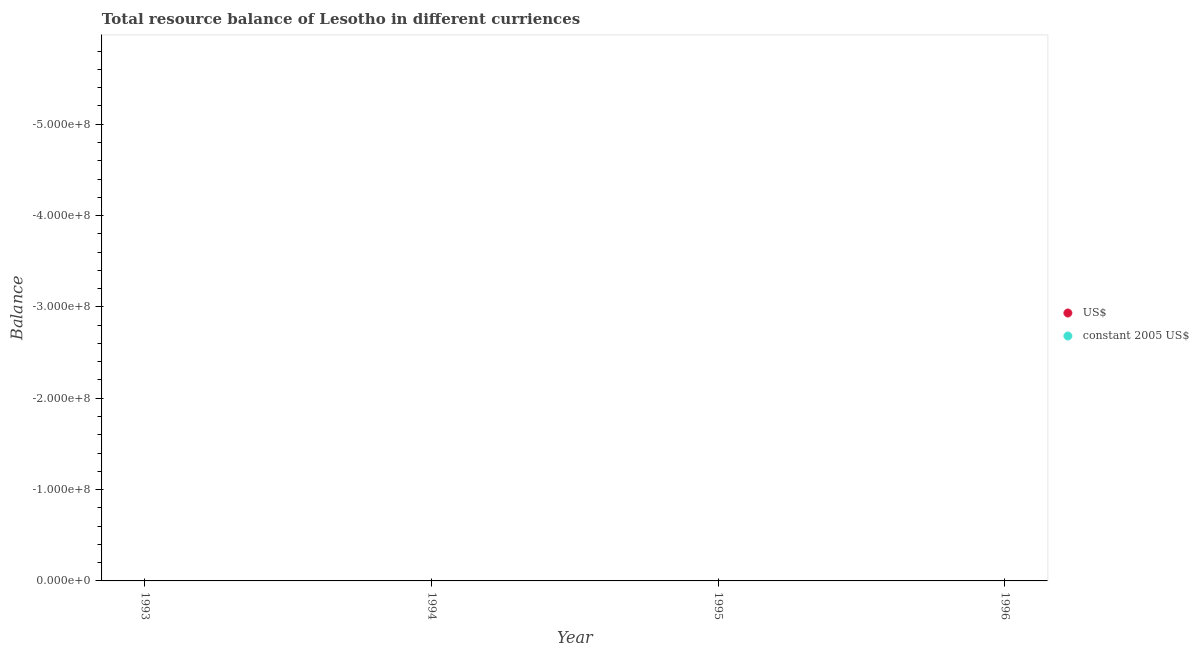
| Year | US$ | constant 2005 US$ |
 | --- | --- | --- |
 | 1993 | -7.4e+08 | -2.42e+09 |
 | 1994 | -7.35e+08 | -2.61e+09 |
 | 1995 | -8.49e+08 | -3.08e+09 |
 | 1996 | -8.1e+08 | -3.48e+09 |